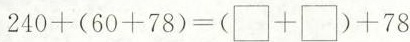
$$2 4 0 + ( 6 0 + 7 8 ) = ( \Box + \Box ) + 7 8$$